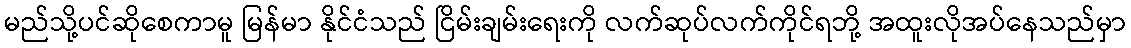
မည်သို့ပင်ဆိုစေကာမူ မြန်မာ နိုင်ငံသည် ငြိမ်းချမ်းရေးကို လက်ဆုပ်လက်ကိုင်ရဘို့ အထူးလိုအပ်နေသည်မှာ